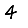
Digit: 4